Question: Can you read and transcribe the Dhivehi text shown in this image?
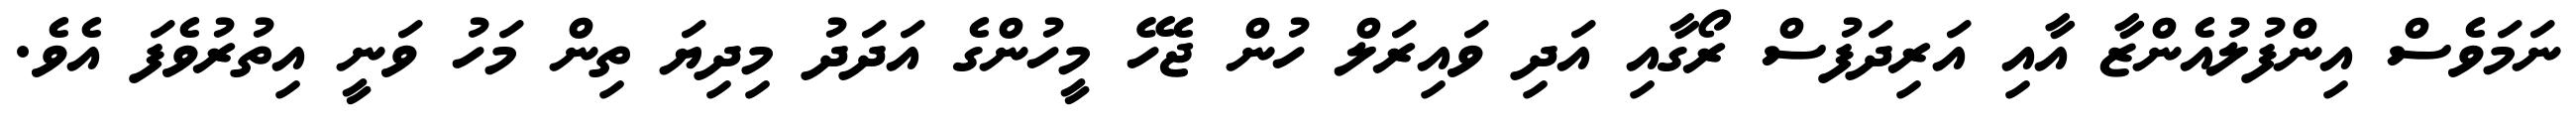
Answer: ނަމަވެސް އިންފުލުއެންޒާ އާއި އަރިދަފުސް ރޯގާއި އަދި ވައިރަލް ހުން ޖެހޭ މީހުންގެ އަދަދު މިދިޔަ ތިން މަހު ވަނީ އިތުރުވެފަ އެވެ.